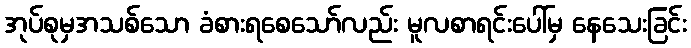
အုပ်စုမှအသစ်သော ခံစားရစေသော်လည်း မူလစာရင်းပေါ်မှ နေသေးခြင်း